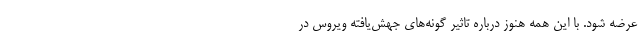
عرضه شود. با این همه هنوز درباره تاثیر گونه‌های جهش‌یافته ویروس در